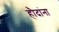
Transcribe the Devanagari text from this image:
हौदांना